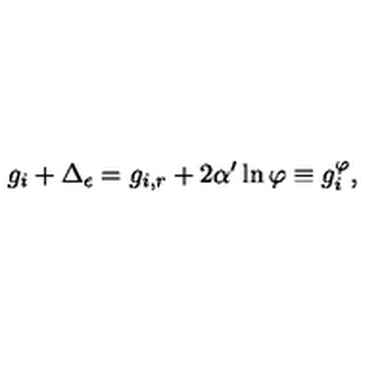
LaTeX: g _ { i } + \Delta _ { \epsilon } = g _ { i , r } + 2 \alpha ^ { \prime } \ln \varphi \equiv g _ { i } ^ { \varphi } ,